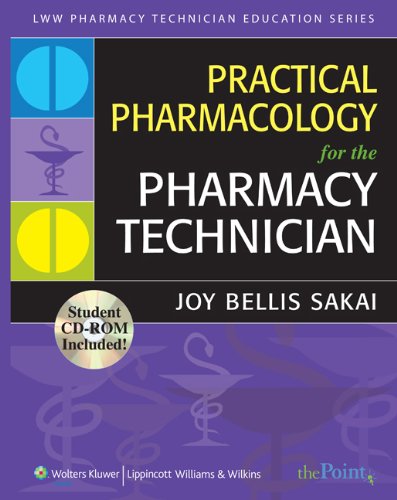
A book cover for Practical Pharmacology for the Pharmacy Technician (Lww Pharmacy Technician Education); Joy Bellis Sakai PharmD; Medical Books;